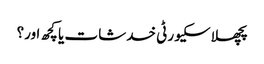
پچھلا سکیورٹی خدشات یا کچھ اور؟